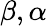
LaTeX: \beta,\alpha